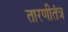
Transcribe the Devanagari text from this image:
तारणीतंत्र